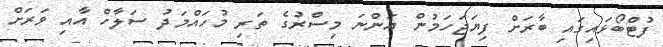
ފުޓްބޯޅައިގައި ބާރަށް ފިޔަޖަހަމުން އަންނަ މިސްރުގެ ތަރި މުހައްމަދު ސަލާހް އާއި ވަރަށް